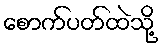
စောက်ပတ်ထဲသို့